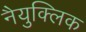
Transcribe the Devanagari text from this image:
नैयुक्लिक